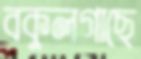
বকুলগাছে